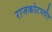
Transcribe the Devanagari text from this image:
राजकोटपर्यंत